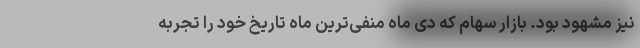
نیز مشهود بود. بازار سهام که دی ماه منفی‌ترین ماه تاریخ خود را تجربه